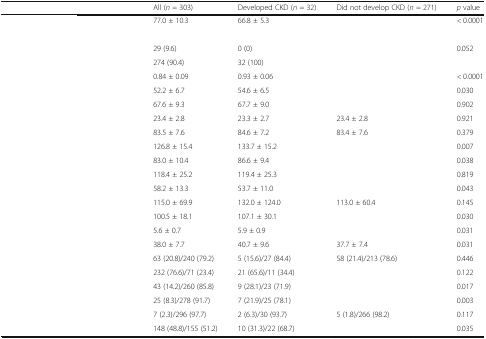
<table><thead><tr><td>[EMPTY_CELL]</td><td><b>All (<i>n</i> = 303)</b></td><td><b>Developed CKD (<i>n</i> = 32)</b></td><td><b>Did not develop CKD (<i>n</i> = 271)</b></td><td><b><i>p</i> value</b></td></tr></thead><tbody><tr><td>[EMPTY_CELL]</td><td>77.0 ± 10.3</td><td>66.8 ± 5.3</td><td>[EMPTY_CELL]</td><td>&lt; 0.0001</td></tr><tr><td colspan="5">[EMPTY_CELL]</td></tr><tr><td>[EMPTY_CELL]</td><td>29 (9.6)</td><td>0 (0)</td><td>[EMPTY_CELL]</td><td>0.052</td></tr><tr><td>[EMPTY_CELL]</td><td>274 (90.4)</td><td>32 (100)</td><td>[EMPTY_CELL]</td><td>[EMPTY_CELL]</td></tr><tr><td>[EMPTY_CELL]</td><td>0.84 ± 0.09</td><td>0.93 ± 0.06</td><td>[EMPTY_CELL]</td><td>&lt; 0.0001</td></tr><tr><td>[EMPTY_CELL]</td><td>52.2 ± 6.7</td><td>54.6 ± 6.5</td><td>[EMPTY_CELL]</td><td>0.030</td></tr><tr><td>[EMPTY_CELL]</td><td>67.6 ± 9.3</td><td>67.7 ± 9.0</td><td>[EMPTY_CELL]</td><td>0.902</td></tr><tr><td>[EMPTY_CELL]</td><td>23.4 ± 2.8</td><td>23.3 ± 2.7</td><td>23.4 ± 2.8</td><td>0.921</td></tr><tr><td>[EMPTY_CELL]</td><td>83.5 ± 7.6</td><td>84.6 ± 7.2</td><td>83.4 ± 7.6</td><td>0.379</td></tr><tr><td>[EMPTY_CELL]</td><td>126.8 ± 15.4</td><td>133.7 ± 15.2</td><td>[EMPTY_CELL]</td><td>0.007</td></tr><tr><td>[EMPTY_CELL]</td><td>83.0 ± 10.4</td><td>86.6 ± 9.4</td><td>[EMPTY_CELL]</td><td>0.038</td></tr><tr><td>[EMPTY_CELL]</td><td>118.4 ± 25.2</td><td>119.4 ± 25.3</td><td>[EMPTY_CELL]</td><td>0.819</td></tr><tr><td>[EMPTY_CELL]</td><td>58.2 ± 13.3</td><td>53.7 ± 11.0</td><td>[EMPTY_CELL]</td><td>0.043</td></tr><tr><td>[EMPTY_CELL]</td><td>115.0 ± 69.9</td><td>132.0 ± 124.0</td><td>113.0 ± 60.4</td><td>0.145</td></tr><tr><td>[EMPTY_CELL]</td><td>100.5 ± 18.1</td><td>107.1 ± 30.1</td><td>[EMPTY_CELL]</td><td>0.030</td></tr><tr><td>[EMPTY_CELL]</td><td>5.6 ± 0.7</td><td>5.9 ± 0.9</td><td>[EMPTY_CELL]</td><td>0.031</td></tr><tr><td>[EMPTY_CELL]</td><td>38.0 ± 7.7</td><td>40.7 ± 9.6</td><td>37.7 ± 7.4</td><td>0.031</td></tr><tr><td>[EMPTY_CELL]</td><td>63 (20.8)/240 (79.2)</td><td>5 (15.6)/27 (84.4)</td><td>58 (21.4)/213 (78.6)</td><td>0.446</td></tr><tr><td>[EMPTY_CELL]</td><td>232 (76.6)/71 (23.4)</td><td>21 (65.6)/11 (34.4)</td><td>[EMPTY_CELL]</td><td>0.122</td></tr><tr><td>[EMPTY_CELL]</td><td>43 (14.2)/260 (85.8)</td><td>9 (28.1)/23 (71.9)</td><td>[EMPTY_CELL]</td><td>0.017</td></tr><tr><td>[EMPTY_CELL]</td><td>25 (8.3)/278 (91.7)</td><td>7 (21.9)/25 (78.1)</td><td>[EMPTY_CELL]</td><td>0.003</td></tr><tr><td>[EMPTY_CELL]</td><td>7 (2.3)/296 (97.7)</td><td>2 (6.3)/30 (93.7)</td><td>5 (1.8)/266 (98.2)</td><td>0.117</td></tr><tr><td>[EMPTY_CELL]</td><td>148 (48.8)/155 (51.2)</td><td>10 (31.3)/22 (68.7)</td><td>[EMPTY_CELL]</td><td>0.035</td></tr></tbody></table>